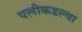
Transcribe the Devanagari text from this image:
पलीकडल्या